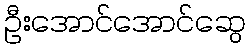
ဦးအောင်အောင်ဆွေ